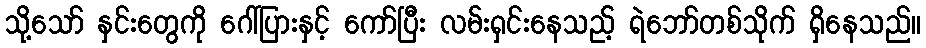
သို့သော် နှင်းတွေကို ဂေါ်ပြားနှင့် ကော်ပြီး လမ်းရှင်းနေသည့် ရဲဘော်တစ်သိုက် ရှိနေသည်။